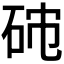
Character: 𥑯